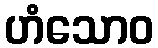
ဟံသောဝ